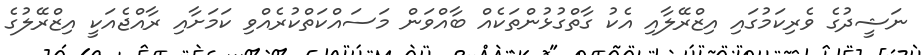
ނަޝީދުގެ ވެރިކަމުގައި އިޒްރޭލާއި އެކު ގާތްގުޅުންތަކެއް ބާއްވަން މަސައްކަތްކުރެއްވި ކަމަށާއި ރާއްޖެއަކީ އިޒްރޭލުގެ